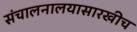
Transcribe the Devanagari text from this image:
संचालनालयासारखीच